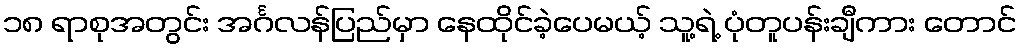
၁၈ ရာစုအတွင်း အင်္ဂလန်ပြည်မှာ နေထိုင်ခဲ့ပေမယ့် သူ့ရဲ့ ပုံတူပန်းချီကား တောင်